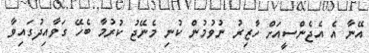
އޭނާ އެ އެޖެންސީއަށް ހާޒިރު ނުވުމުން ކުނި މެނޭޖު ކުރުމާ ބެހޭ ގަވާއިދުގައިވާ